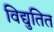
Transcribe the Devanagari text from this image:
विद्युतित